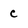
Character: c